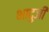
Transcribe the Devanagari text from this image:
भादुजी